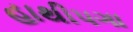
હાથીપગા